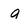
Character: a